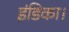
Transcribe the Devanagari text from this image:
इंडिका।